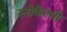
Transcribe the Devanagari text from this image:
स्नोकैल्मी